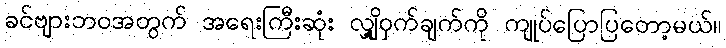
ခင်ဗျားဘဝအတွက် အရေးကြီးဆုံး လျှို့ဝှက်ချက်ကို ကျုပ်ပြောပြတော့မယ်။